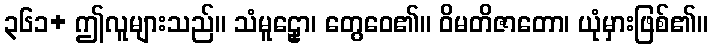
၃၆၁+ ဤလူများသည်။ သံမူဠှော၊ တွေဝေ၏။ ဝိမတိဇာတော၊ ယုံမှားဖြစ်၏။